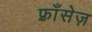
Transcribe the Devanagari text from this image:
फ़्राँसेज़